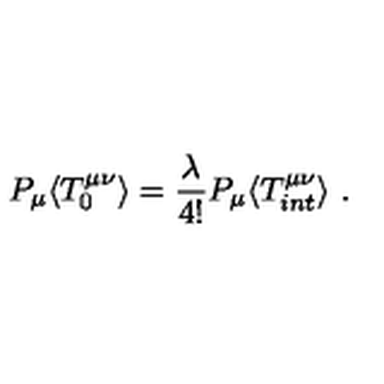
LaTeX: P _ { \mu } \langle T _ { 0 } ^ { \mu \nu } \rangle = \frac { \lambda } { 4 ! } P _ { \mu } \langle T _ { i n t } ^ { \mu \nu } \rangle \ .